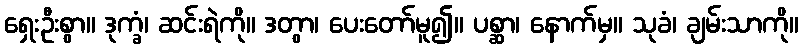
ရှေးဦးစွာ။ ဒုက္ခံ၊ ဆင်းရဲကို။ ဒတွာ၊ ပေးတော်မူ၍။ ပစ္ဆာ၊ နောက်မှ။ သုခံ၊ ချမ်းသာကို။